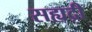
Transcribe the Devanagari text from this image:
सह्यद्री